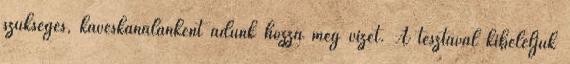
szükséges, kávéskanalanként adunk hozzá még vizet. A tésztával kibéleljük